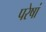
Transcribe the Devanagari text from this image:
परेषां